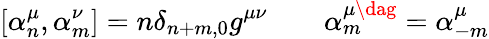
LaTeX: \left[\alpha_{n}^{\mu},\alpha_{m}^{\nu}\right]=n\delta_{n+m,0}g^{\mu\nu}\: \: \: \: \: \: \: \: \: \alpha_{m}^{\mu\dag}=\alpha_{-m}^{\mu}